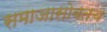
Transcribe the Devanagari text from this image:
समाजासोबतच